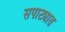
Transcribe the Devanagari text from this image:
सपाट्यात